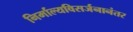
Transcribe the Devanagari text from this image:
निर्माल्यविसर्जनानंतर